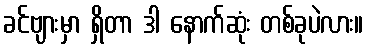
ခင်ဗျားမှာ ရှိတာ ဒါ နောက်ဆုံး တစ်ခုပဲလား။